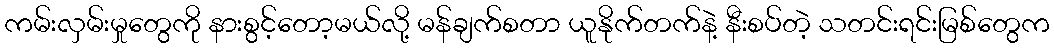
ကမ်းလှမ်းမှုတွေကို နားစွင့်တော့မယ်လို့ မန်ချက်စတာ ယူနိုက်တက်နဲ့ နီးစပ်တဲ့ သတင်းရင်းမြစ်တွေက